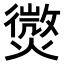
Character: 𭶓